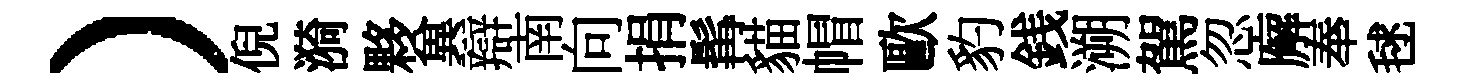
）倪漪夥兾辯南向捐髯貓帽歐豹銭溯駕忽廨奉毬